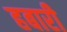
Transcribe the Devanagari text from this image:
हबारी